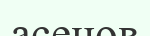
асенов